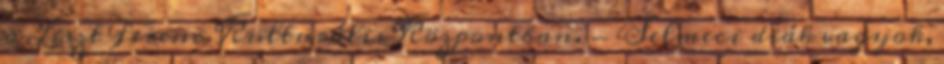
a Liszt Ferenc Kulturális Központban. - Selmeci diák vagyok,